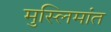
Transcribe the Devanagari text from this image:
मुस्लिमांत